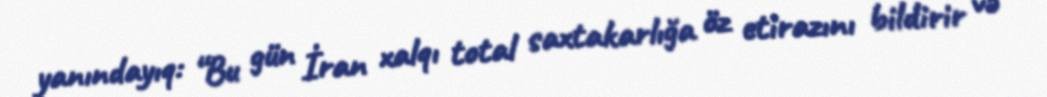
yanındayıq: “Bu gün İran xalqı total saxtakarlığa öz etirazını bildirir və